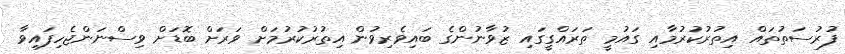
ފުރުސަތުތައް އިތުރުކުރުމާއި ގައުމީ ތަރައްގީގައި ޒުވާނުންގެ ބައިވެރިވުން އިތުރުކުރުމަށް ވަރަށް ބޮޑަށް ވިސްނަންޖެހިފައިވާ